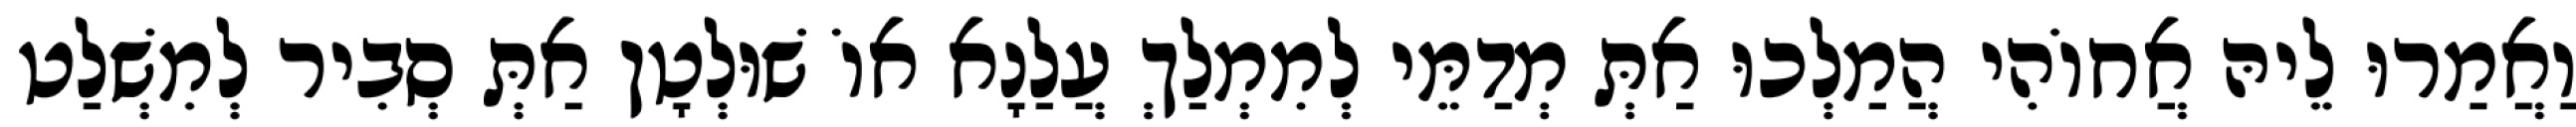
וַאֲמַרוּ לֵיהּ אֲחוֹהִי הֲמַלְכוּ אַתְּ מְדַמֵּי לְמִמְלַךְ עֲלַנָא אוֹ שׁוּלְטָן אַתְּ סְבִיר לְמִשְׁלַט